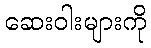
ဆေးဝါးများကို